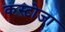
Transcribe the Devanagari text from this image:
कस्टोजा